Statistical return of the lunatic asylum in Assam - 1912-1932
Year: 1912
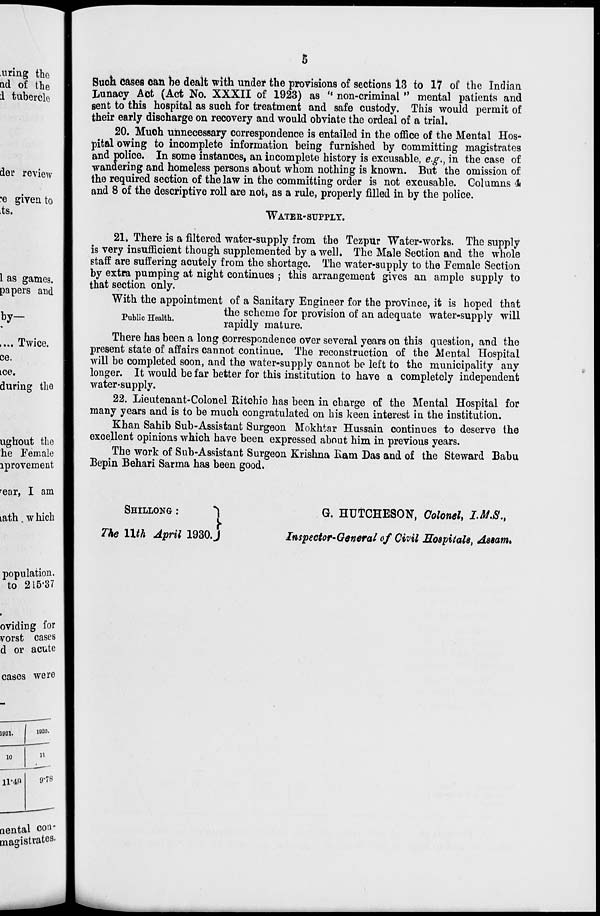
uring the
ad of the
i tubercle
der review
•e given to
its.
1 as games,
papers and
by-
.... Twice,
ce.
Lee.
during the
ugbout the
he Female
lprovement
'ear, I am
tath. w hich
Such Cases can be dealt with under the provisions of sections 13 to 17 of the Indian
Lunacy Act (Act No. XXXII of 1923) as " non-criminal " mental patients and
sent to this hospital as such for treatment and safe custody. This would permit of
their early discharge on recovery and would obviate the ordeal of a trial.
20. Much unnecessary correspondence is entailed in the office of the Mental Hos-
pital owing to incomplete information being furnished by committing magistrates
and police. In some instances, an incomplete history is excusable, e.g., in the case of
wandering and homeless persons about whom nothing is known. But the omission of
the required section of the law in the committing order is not excusable. Columns 4t
and 8 of the descriptive roll are not, as a rule, properly filled in by the police.
WATER-SUPPLY.
21. There is a filtered water-supply from the Tezpur Water-works. The supply
is very insufficient though supplemented by a well. The Male Section and the whole
staff are suffering acutely from the shortage. The water-supply to the Female Section
by extra pumping at night continues ; this arrangement gives an ample supply to
that section only.
With the appointment of a Sanitary Engineer for the province, it is hoped that
p
the scheme for provision of an adequate water-supply will
rapidly mature.
There has been a long correspondence over several years on this question, and the
present state of affairs cannot continue. The reconstruction of the Mental Hospital
will be completed soon, and the water-supply cannot be left to the municipality any
longer. It would be far better for this institution to have a completely independent
water«supply.
22. Lieutenant-Colonel Ritchie has been in charge of the Mental Hospital for
many years and is to be much congratulated on his keen interest in the institution.
Khan Sahib Sub-Assistant Surgeon Mokhtar Hussain continues to deserve the
excellent opinions which have been expressed about him in previous years.
The work of Sub-Assistant Surgeon Krishna Kam Das and of the Steward Babu
Bepin Behari Sarma has been good.
SHILLONG :
The llth April 1930J
G. HUTCHESON, Colonel, I.M.S.,
Inspector-General of Civil Hospitals, Assam*
population,
to 215-37
oviding for
vorst cases
d or acute
cases were
1921.
1020.
10
n
11-4P
9'78
nental con-
oia^istvates^